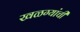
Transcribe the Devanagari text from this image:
खळग्यांची